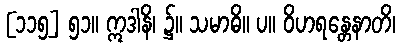
[၁၁၅] ၅၁။ ဣဒါနိ၊ ၌။ သမာဓိ။ ပ။ ဝိဟရန္တေနာတိ၊